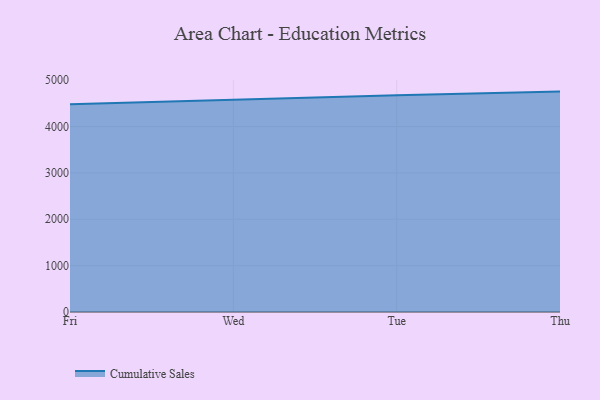
{"axis": {"x": "Day", "y": "Churn Rate (%)"}, "legend": ["Cumulative Sales"], "data": [{"x": "Fri", "y": 4481.6, "type": "Cumulative Sales"}, {"x": "Wed", "y": 4585.4, "type": "Cumulative Sales"}, {"x": "Tue", "y": 4675.3, "type": "Cumulative Sales"}, {"x": "Thu", "y": 4754.0, "type": "Cumulative Sales"}]}